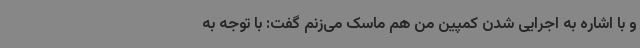
و با اشاره به اجرایی شدن کمپین من هم ماسک می‌زنم گفت: با توجه به